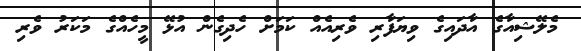
މެލޭޝިއާގެ އާދައިގެ ވިޔަފާރި ވެރިއެއް ކަމަށް ހެދިގެން އުޅޭ މީހެއްގެ މަކަރު ވެރި